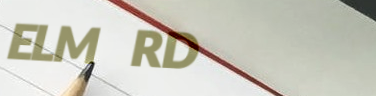
ELM RD